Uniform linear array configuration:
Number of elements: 32
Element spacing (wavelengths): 0.25
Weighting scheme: hann
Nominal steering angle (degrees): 30
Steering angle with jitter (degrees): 28.717
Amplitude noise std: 0.05
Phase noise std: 0.05

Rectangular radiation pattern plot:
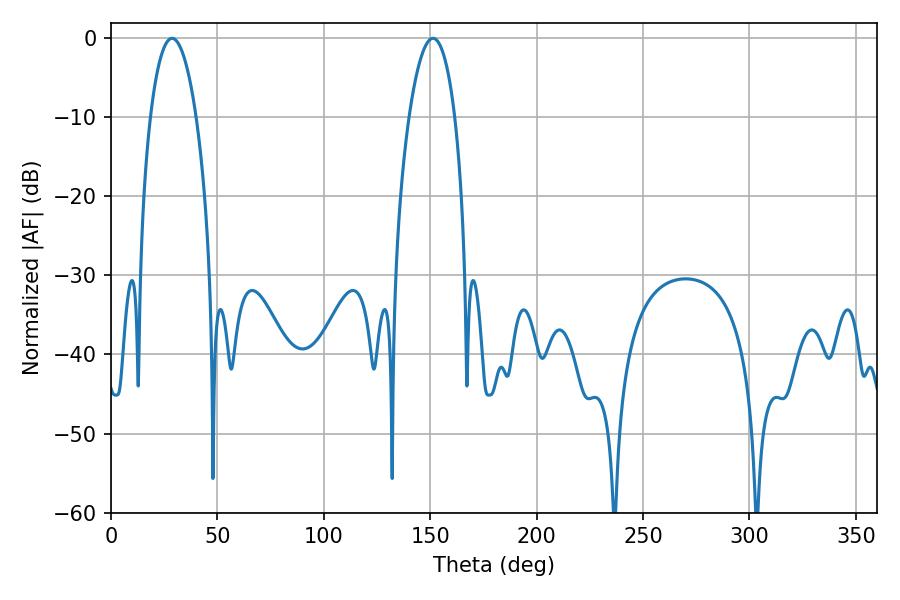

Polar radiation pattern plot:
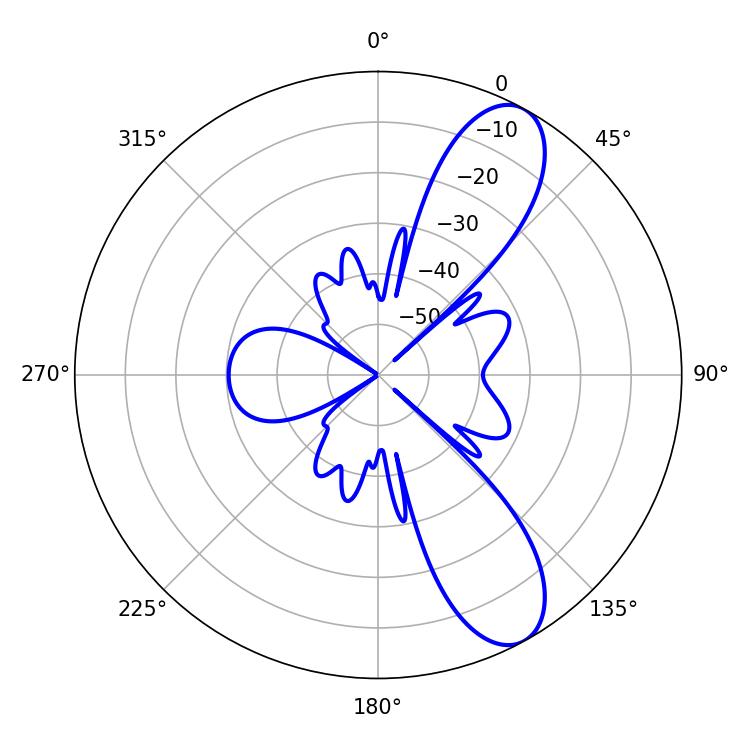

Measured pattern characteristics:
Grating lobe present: FALSE
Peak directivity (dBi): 9.681
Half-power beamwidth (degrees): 12.06
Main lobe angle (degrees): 28.62